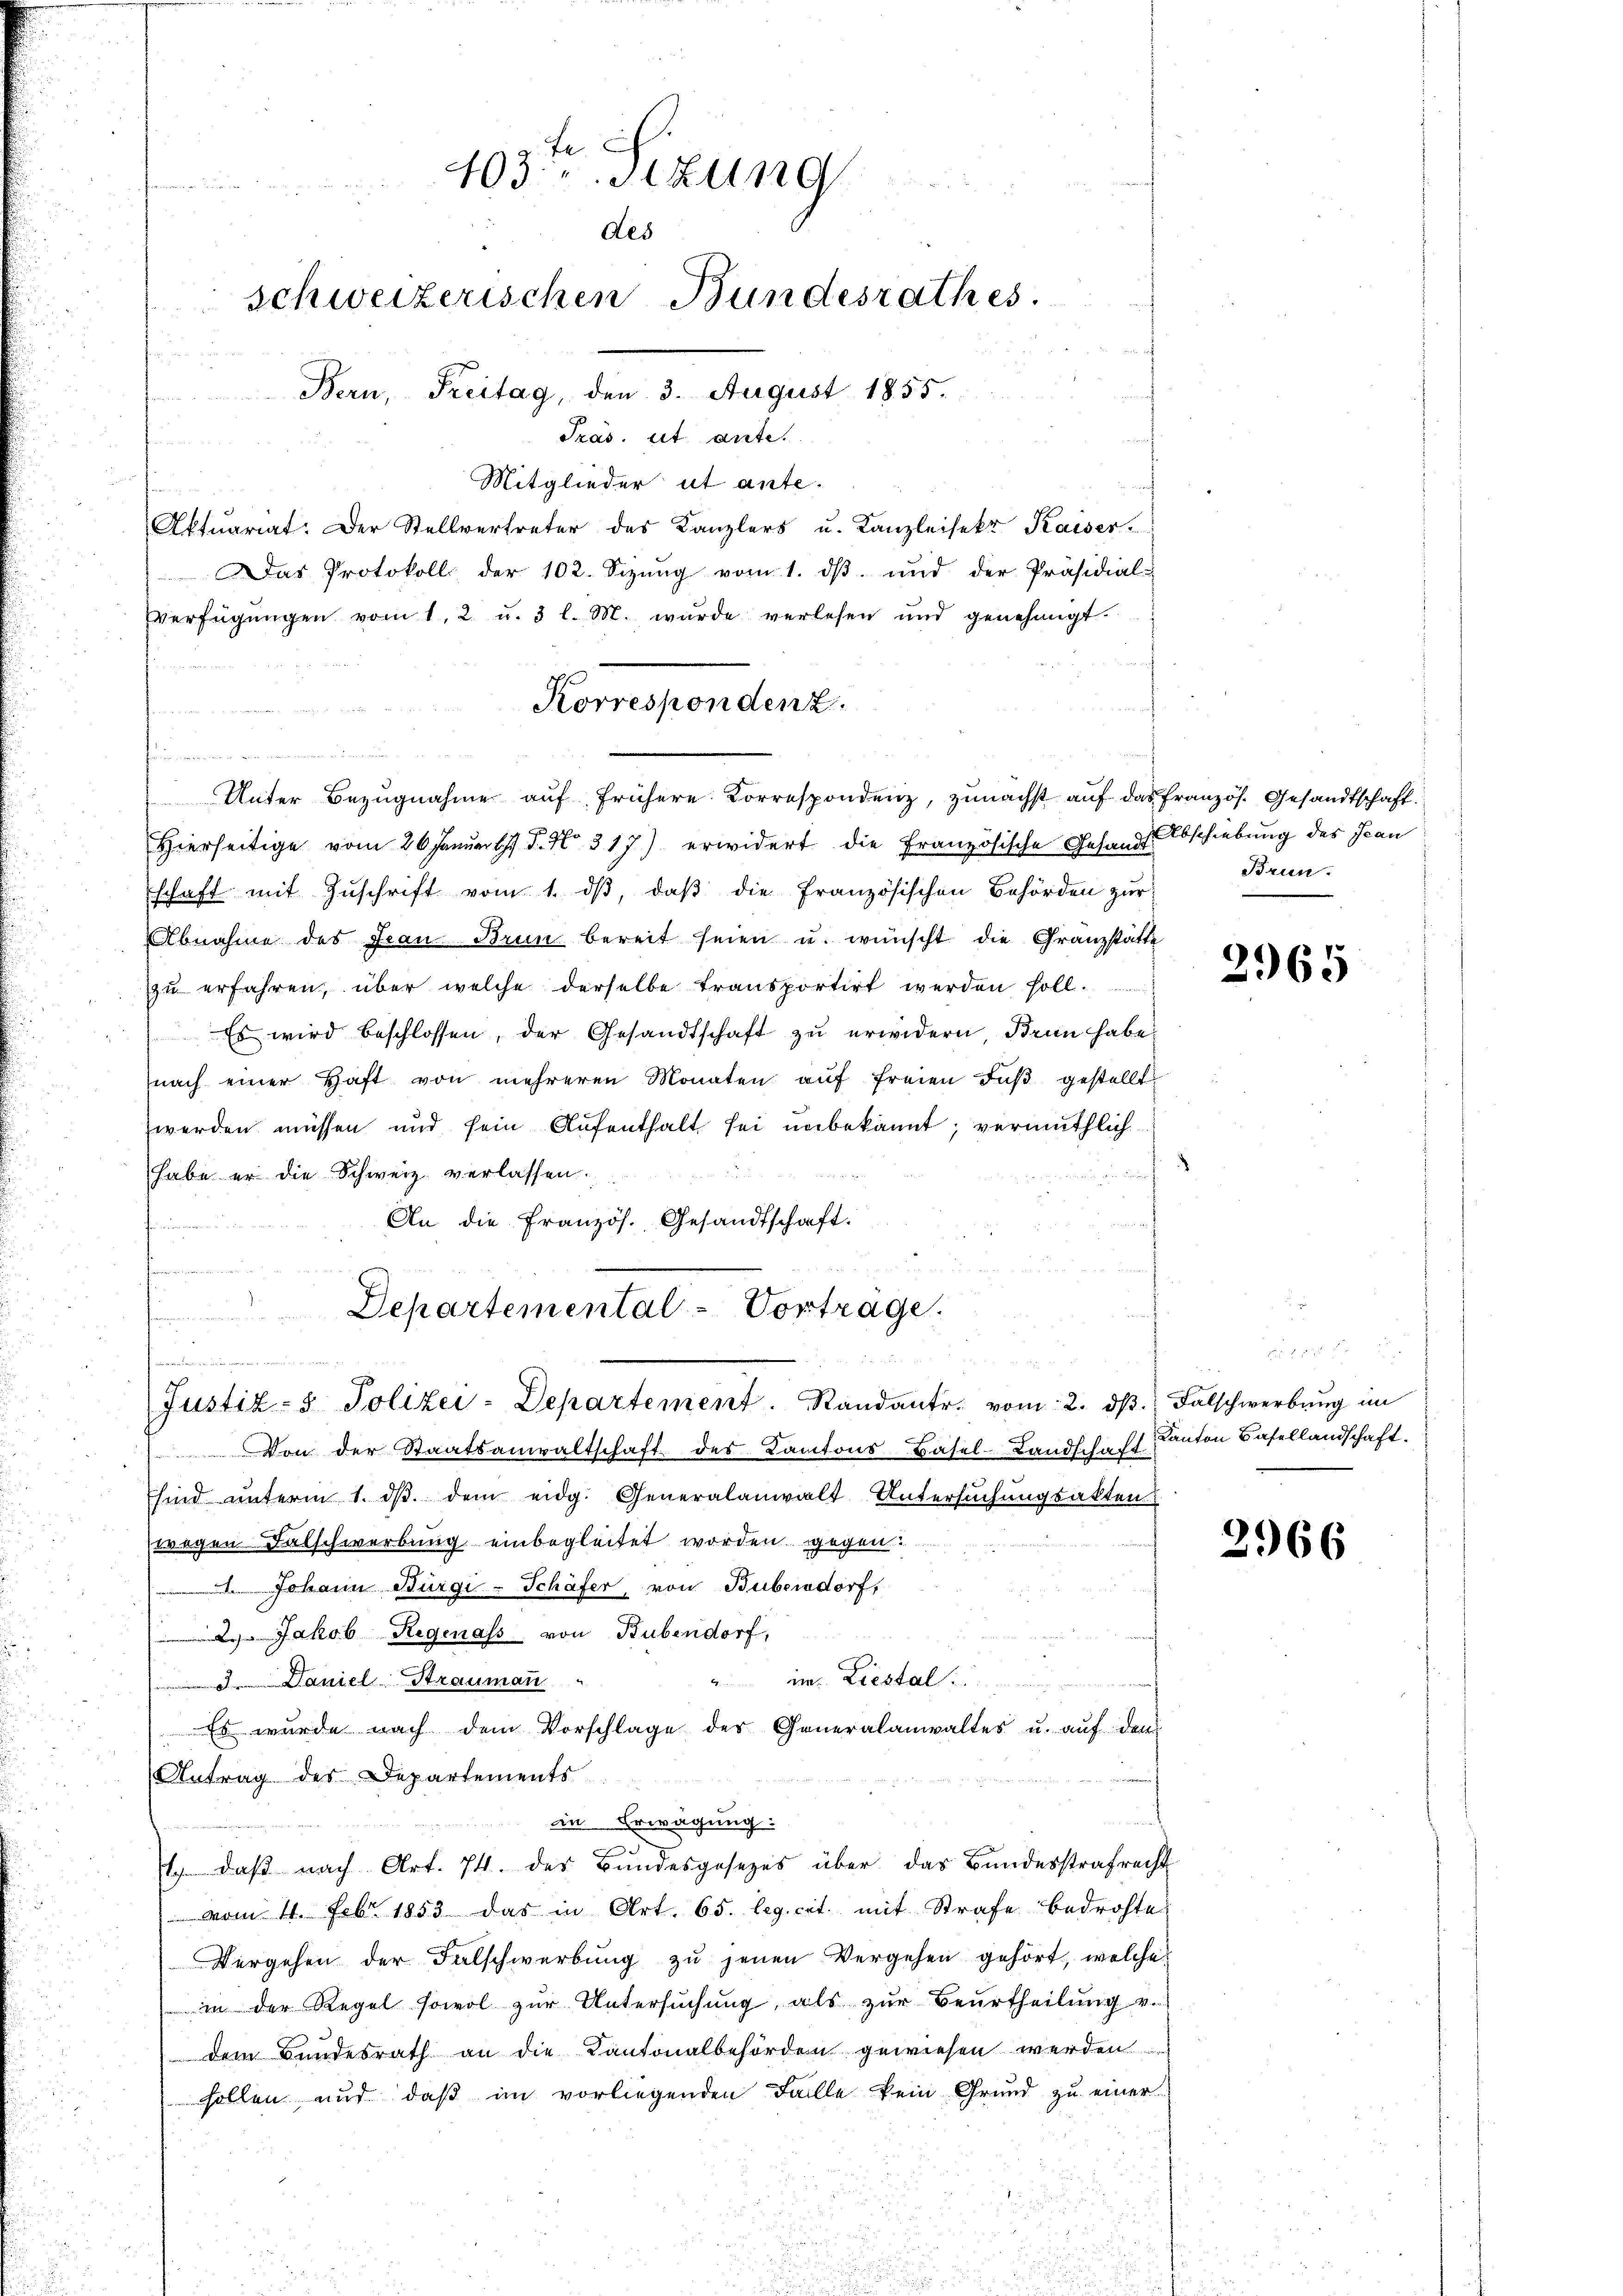
Mitglieder ut ante¬
Aktuariat. Der Stellvertreter des Kanzlers u. Kanzleisekr Kaiser
Das Protokoll der 102. Sizŭng vom 1. dβ. und der Präsidial-
Verfügŭngen vom 1. 2 u. 3 l. M. wurde verlesen und genehmigt.
n
Hierseitige vom 26 Januar d. No. 317) erwidert die Französische Gesandtschaft mit Zŭschrift vom 1. dβ, daβ die französischen Behörden zŭr
Abnahme des Jean Brun bereit seien u. wünscht die Granzstätte
zŭ erfahren, über welche derselbe transportirt werden soll.
Es wird beschlossen, der Gesandtschaft zu erwidern, Brun habe.
nach einer Haft von mehreren Monaten aŭf freien das gestellt
werden müssen und sein Aufenthalt sei unbekannt; vermuthlich
habe er die Schweiz verlassen.
An die Französ. Gesandtschaft.
feinen

403. Sizung
des
Schweizerischen Bundesrathes.
Bern, Freitag, den 3. August 1855.
Szas. ist ante.

Departemental-Vortrage.
e
n
Justiz- & Polizei-Departement. Standant. vom 2. dβ. Falschwerbung im

Korresponden 2.
Unter Bezŭgnahme aŭf frühere Korrespondenz, zunächst auf das französ. Gesandtschaft.

Abschiebung des Jean
Brun

Von der Staatsanwaltschaft des Kantons Basel-Landschaft
Esind unterm 1. ds. dem eidg. Generalanwalt-Untersuchungsakten
wegen Falschwerbung einbegleitet worden gegen
ann Bürgi-Schäfer, von Bubersdorf,
2. Jakob Regenass von Bubendorf,
im: Liestal
.
 3. Daniel Straumann
Es wurde nach dem Vorschlage des Generalanwaltes u. auf den
Antrag der Departements
in Erwägung:
|
1. daβ nach Art. 74. des Bundesgesezes über das Bundesstrafrecht
 vom 4. Febr 1853 das in Art. 65. leg cit. mit Strafe bedrohte
Vergehen der Falschwerbung zu jenen Vergehen gehört, welche
in der Regel sowol zŭr Untersŭchŭng als zŭr Beurtheilŭng v.
dem Bundesrath an die Kantonalbehörden gewiesen werden
sollen und daß im vorliegenden Falle kein Grund zu einer

2965

Kanton Basellandschaft.

2966